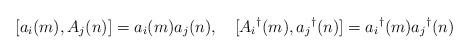
LaTeX: \begin{align*}[a_i(m),A_j(n)] = a_i(m)a_j(n),\quad [A_i{}^{\dag}(m),a_j{}^{\dag}(n)] =a_i{}^{\dag}(m)a_j{}^{\dag}(n)\end{align*}